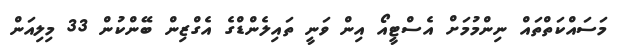
މަސައްކަތްތައް ނިންމުމަށް އެސްޓީއޯ އިން ވަނީ ތައިލެންޑްގެ އެގްޒިން ބޭންކުން 33 މިލިއަން